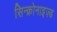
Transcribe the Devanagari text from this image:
सिन्क्रोनाइज़्ड